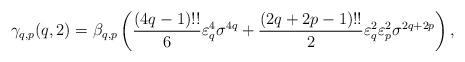
LaTeX: \begin{align*}\gamma_{q,p}(q,2)=\beta_{q,p}\left(\frac{(4q-1)!!}{6}\varepsilon_{q}^{4} \sigma^{4q}+\frac{(2q+2p-1)!!}{2}\varepsilon_{q}^{2}\varepsilon_{p}^{2} \sigma^{2q+2p} \right),\end{align*}